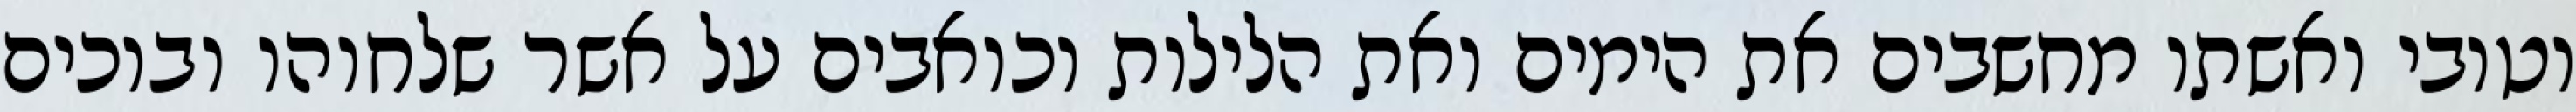
וטובי ואשתו מחשבים את הימים ואת הלילות וכואבים על אשר שלחוהו ובוכים